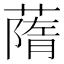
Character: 䔺